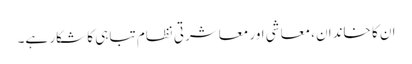
ان کا خاندان، معاشی اور معاشرتی نظام تباہی کا شکار ہے۔